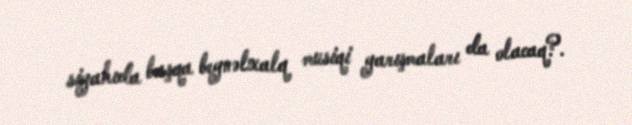
siyahıda başqa beynəlxalq musiqi yarışmaları da olacaq?.